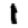
Digit: 1